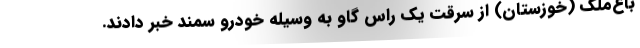
باغ‌ملک (خوزستان) از سرقت یک راس گاو به وسیله خودرو سمند خبر دادند.